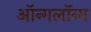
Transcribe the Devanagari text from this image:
ऑन्गलॉन्ग